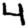
Digit: 4